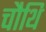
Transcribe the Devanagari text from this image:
चौथि